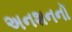
અનશનનૉ